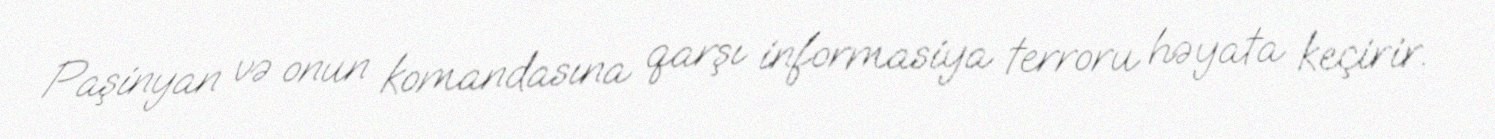
Paşinyan və onun komandasına qarşı informasiya terroru həyata keçirir.